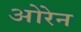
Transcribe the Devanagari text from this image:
ओरेन